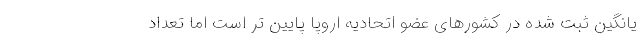
یانگین ثبت شده در کشورهای عضو اتحادیه اروپا پایین تر است اما تعداد